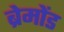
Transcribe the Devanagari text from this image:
ब्रेमोंड